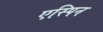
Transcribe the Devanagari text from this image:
एस्पिन